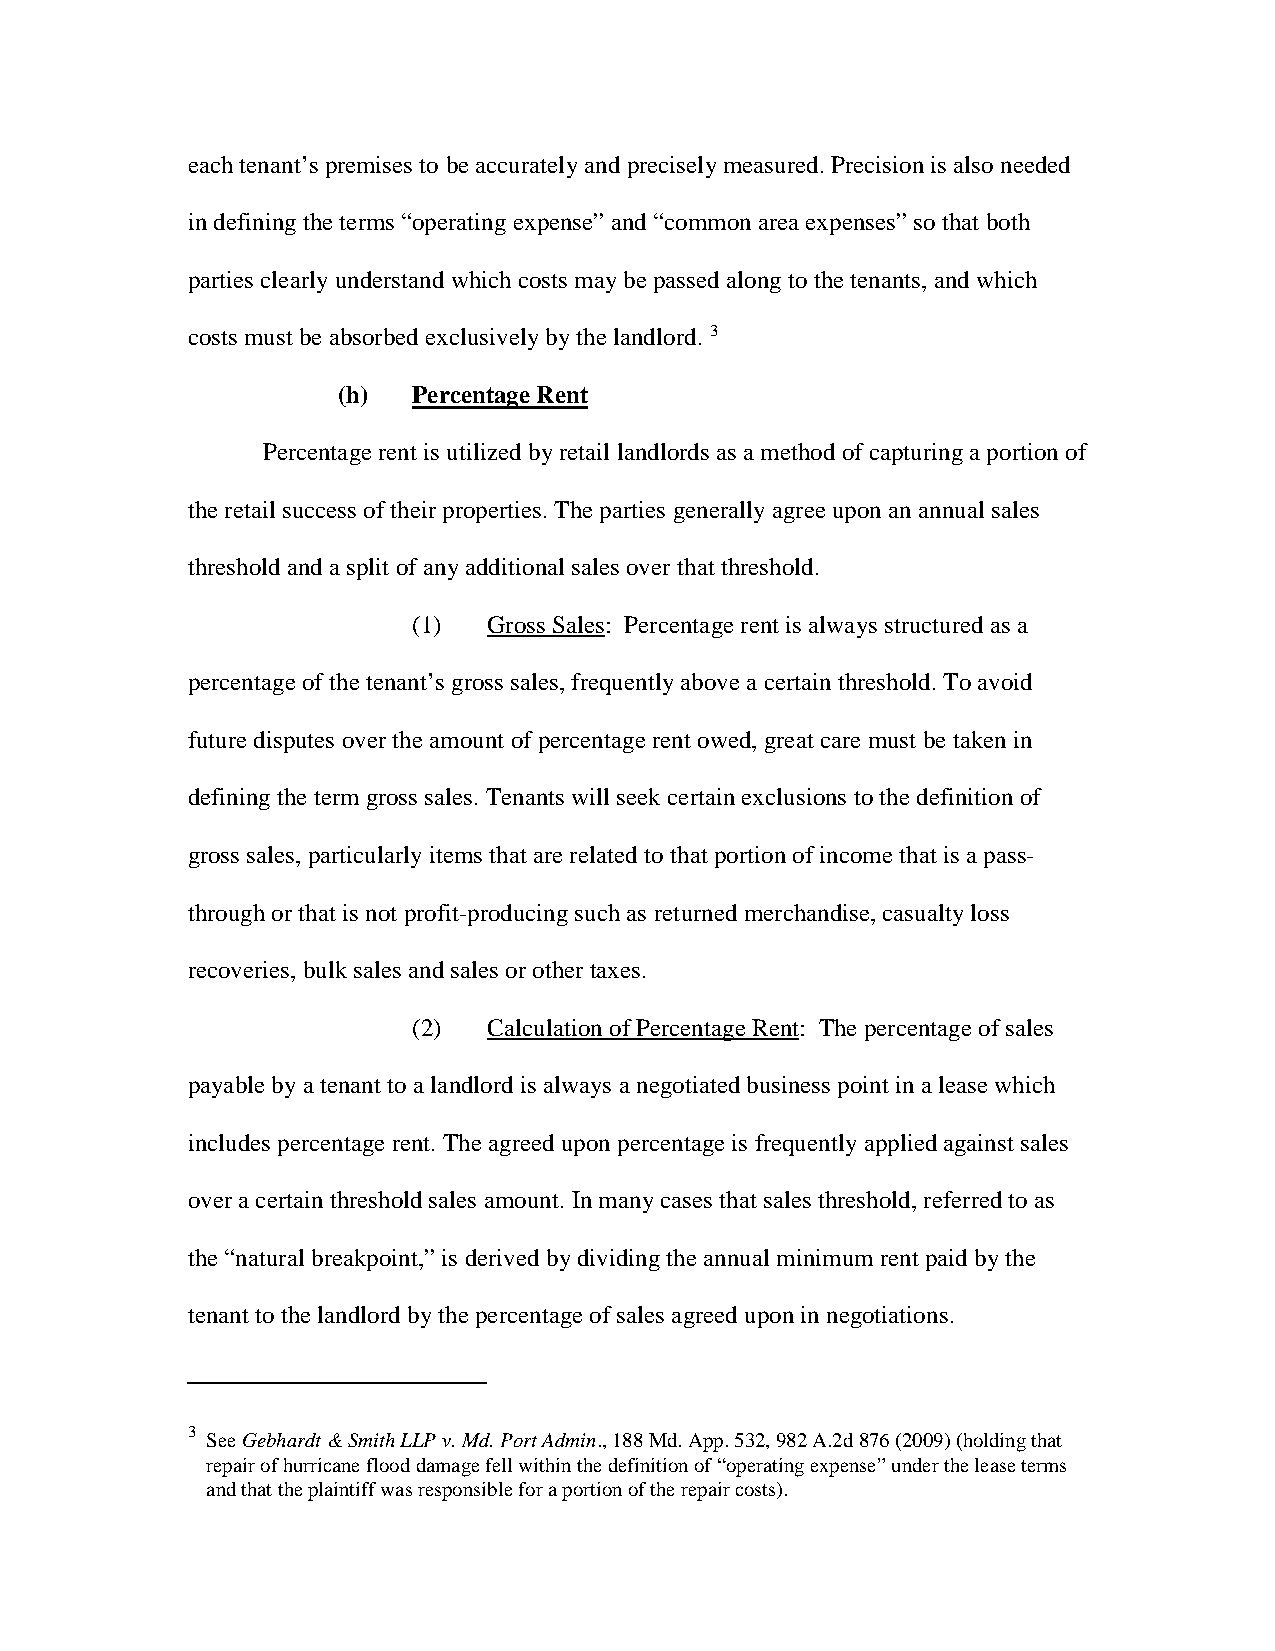
each tenant’s premises to be accurately and precisely measured. Precision is also needed
 in defining the terms “operating expense” and “common area expenses” so that both
 parties clearly understand which costs may be passed along to the tenants, and which
 costs must be absorbed exclusively by the landlord. 3
 (h)  Percentage Rent
 Percentage rent is utilized by retail landlords as a method of capturing a portion of
 the retail success of their properties. The parties generally agree upon an annual sales
 threshold and a split of any additional sales over that threshold.
 (1)  Gross Sales: Percentage rent is always structured as a
 percentage of the tenant’s gross sales, frequently above a certain threshold. To avoid
 future disputes over the amount of percentage rent owed, great care must be taken in
 defining the term gross sales. Tenants will seek certain exclusions to the definition of
 gross sales, particularly items that are related to that portion of income that is a pass-
 through or that is not profit-producing such as returned merchandise, casualty loss
 recoveries, bulk sales and sales or other taxes.
 (2)  Calculation of Percentage Rent: The percentage of sales
 payable by a tenant to a landlord is always a negotiated business point in a lease which
 includes percentage rent. The agreed upon percentage is frequently applied against sales
 over a certain threshold sales amount. In many cases that sales threshold, referred to as
 the “natural breakpoint,” is derived by dividing the annual minimum rent paid by the
 tenant to the landlord by the percentage of sales agreed upon in negotiations.
 3
 See Gebhardt & Smith LLP v. Md. Port Admin., 188 Md. App. 532, 982 A.2d 876 (2009) (holding that
 repair of hurricane flood damage fell within the definition of “operating expense” under the lease terms
 and that the plaintiff was responsible for a portion of the repair costs).